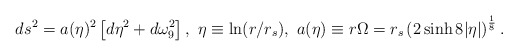
\begin{align*}ds^2=a(\eta)^2\left[d\eta^2+d\omega_9^2\right],~\eta\equiv \ln(r/r_s),~a(\eta)\equiv r\Omega=r_s\left(2\sinh8|\eta|\right)^{\frac{1}{8}}.\end{align*}